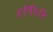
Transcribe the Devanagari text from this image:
४१६५३२